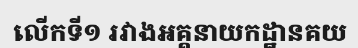
លើកទី១ រវាងអគ្គនាយកដ្ឋានគយ